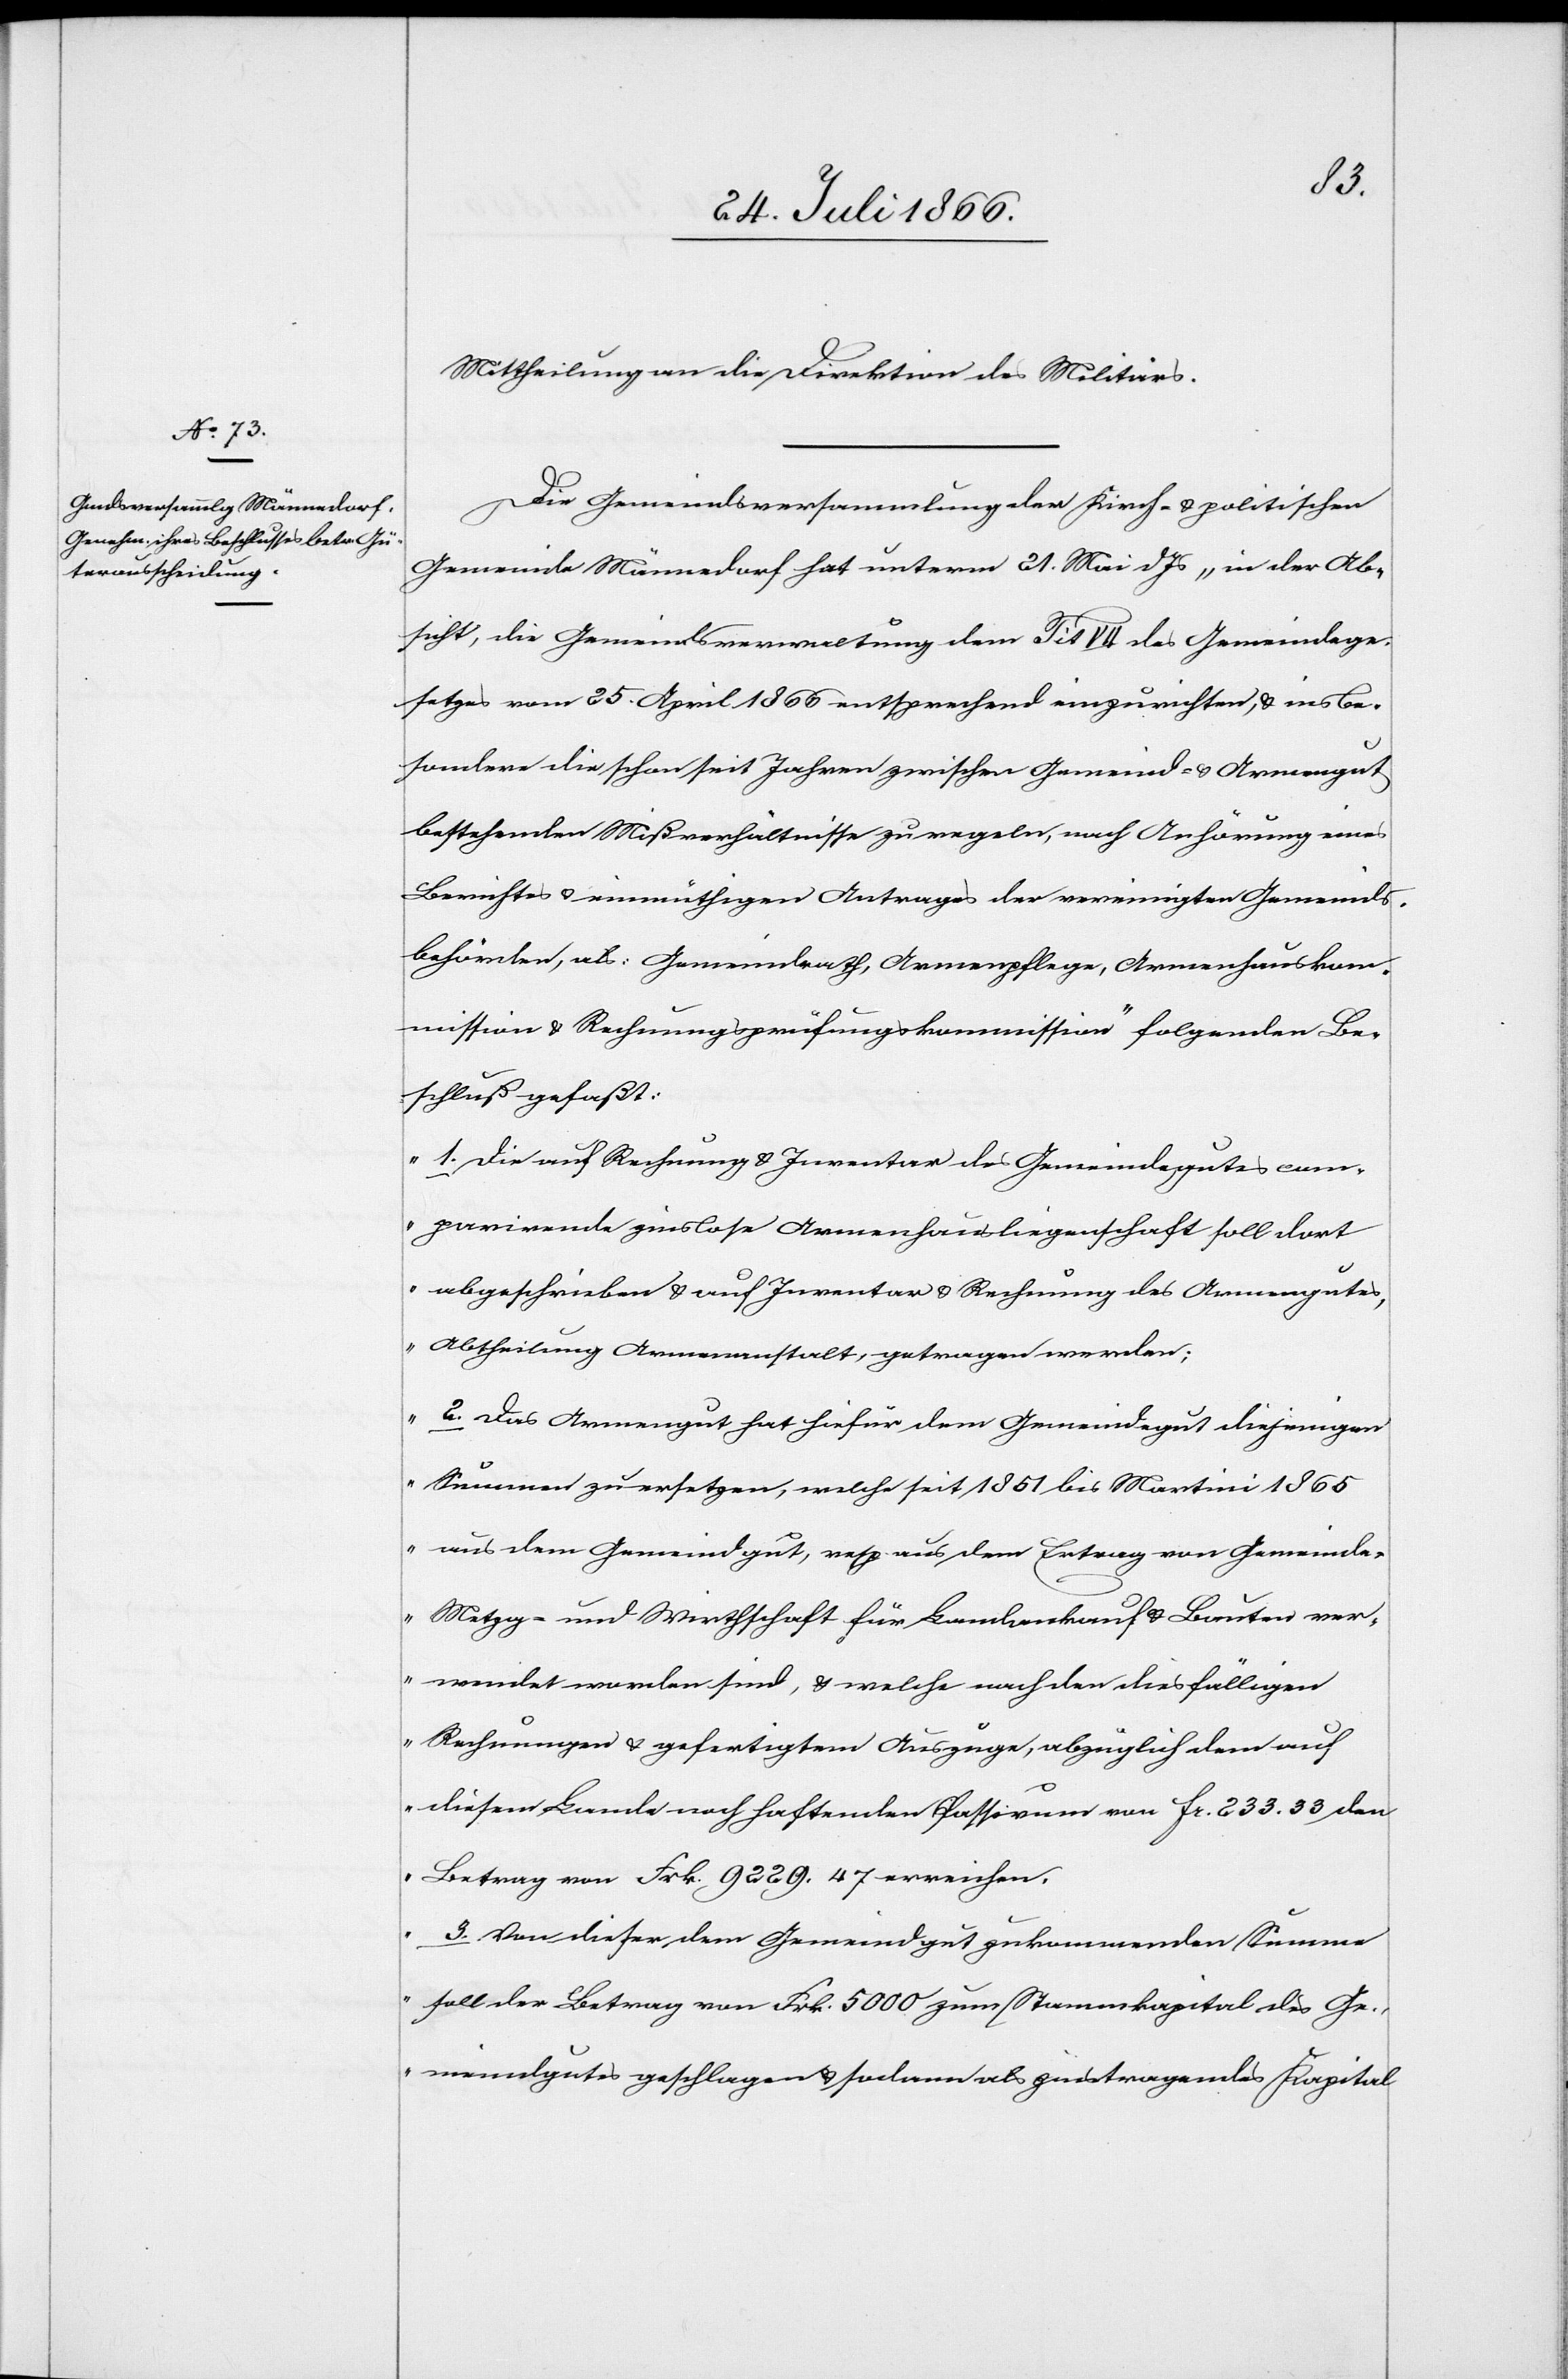
Mittheilung an die Direktion des Militärs.
Die Gemeindsversammlung der Kirch- u. politischen
Gemeinde Männedorf hat unterm 21. Mai d Js. „in der Ab¬
sicht, die Gemeindsverwaltung dem Tit VII des Gemeindege¬
setzes vom 25. April 1866 entsprechend einzurichten, u. insbe¬
sondere die schon seit Jahren zwischen Gemeind- u. Armengut
bestehenden Mißverhältnisse zu regeln, nach Anhörung eines
Berichtes u. einmüthigen Antrages der vereinigten Gemeinds¬
behörden, als: Gemeindrath, Armenpflege, Armenhauskom¬
mission u. Rechnungsprüfungskommission“ folgenden Be¬
schluß gefaßt:
„1. die auf Rechnung u. Inventar des Gemeindgutes com¬
parirende zinslose Armenhausliegenschaft soll dort
abgeschrieben u. auf Inventar u. Rechnung des Armengutes,
Abtheilung Armenanstalt, getragen werden.
2. Das Armengut hat hiefür dem Gemeindegut diejenigen
Summen zu ersetzen, welche sie 1851 bis Martini 1865
aus dem Gemeindgut, resp. aus dem Ertrag von Gemeinde-;
Metzg- und Wirthschaft für Landankauf u. Bauten ver¬
wendet worden sind, u. welche nach den diesfälligen
Rechnungen u. gefertigten Auszüge, abzüglich dem auf
diesem Lande noch haftenden Passivum von Fr. 2333.33 den
Betrag von Frk. 9229.47 erreichen.
3. Von dieser dem Gemeindgut zukommenden Summe
soll der Betrag von Frk. 5000 zum Stammkapital des Ge¬
meindgutes geschlagen u. sodann als zinstragendes Kapital